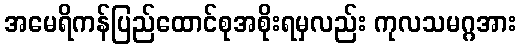
အမေရိကန်ပြည်ထောင်စုအစိုးရမှလည်း ကုလသမဂ္ဂအား